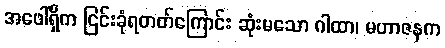
အဖေါ်ရှိက ငြင်းခုံရတတ်ကြောင်း ဆုံးမသော ဂါထာ၊ မဟာဇနက